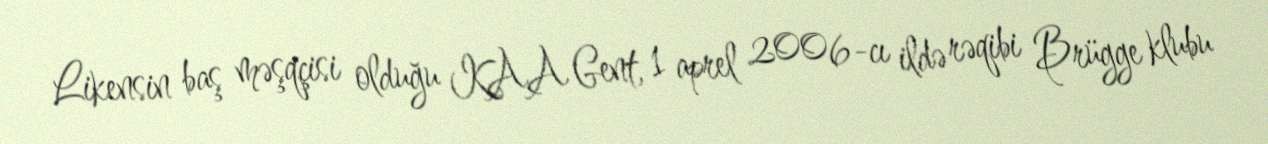
Likensin baş məşqçisi olduğu KAA Gent, 1 aprel 2006-cı ildə rəqibi Brügge klubu